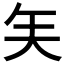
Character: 𰦒